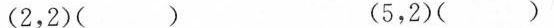
(2，2)() (5，2)()